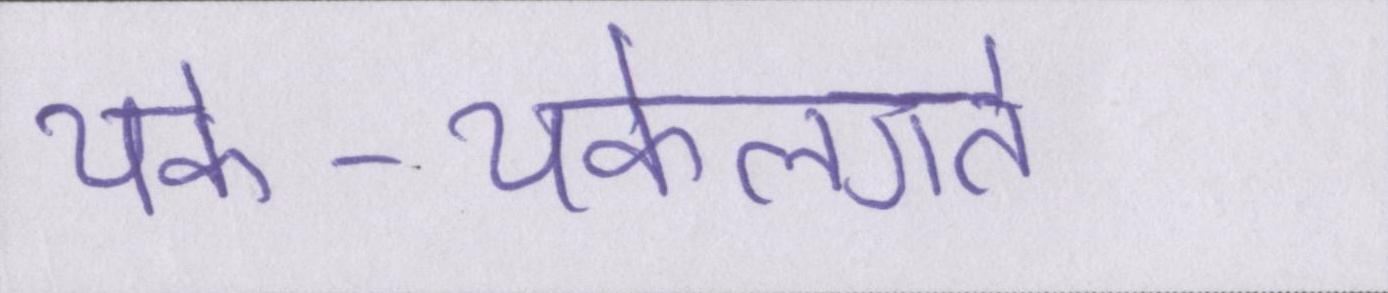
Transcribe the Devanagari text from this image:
थके-थकेलगते